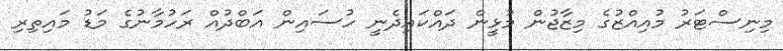
މިނިސްޓަރު މުއިއްޒުގެ މިޒާޖުން މުޅީން ދައްކައިދެނީ ހުސައިން އަބްދުއް ރަހުމާނުގެ މަޑު މައިތިރި